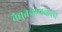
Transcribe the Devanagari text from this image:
वैद्युतचुम्बकत्व